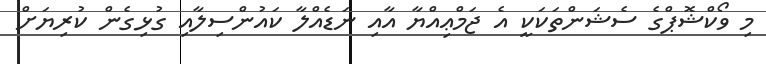
މި ވޯކްޝޮޕްގެ ސެޝަންތަކަކީ އެ ޖަމްޢިއްޔާ އާއި ނަޑެއްލާ ކައުންސިލާއި ގުޅިގެން ކުރިޔަށް